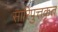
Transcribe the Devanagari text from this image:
सारिपुत्तकृत